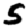
Digit: 5